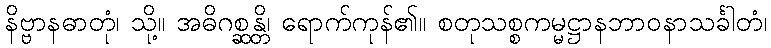
နိဗ္ဗာနဓာတုံ၊ သို့။ အဓိဂစ္ဆန္တိ၊ ရောက်ကုန်၏။ စတုသစ္စကမ္မဋ္ဌာနဘာဝနာသင်္ခါတံ၊